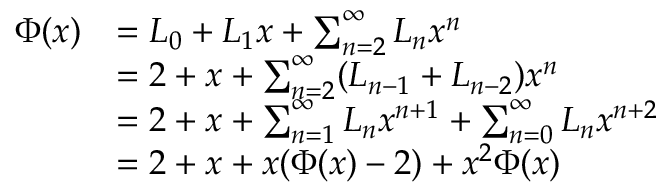
{ \begin{array} { r l } { \Phi ( x ) } & { = L _ { 0 } + L _ { 1 } x + \sum _ { n = 2 } ^ { \infty } L _ { n } x ^ { n } } \\ & { = 2 + x + \sum _ { n = 2 } ^ { \infty } ( L _ { n - 1 } + L _ { n - 2 } ) x ^ { n } } \\ & { = 2 + x + \sum _ { n = 1 } ^ { \infty } L _ { n } x ^ { n + 1 } + \sum _ { n = 0 } ^ { \infty } L _ { n } x ^ { n + 2 } } \\ & { = 2 + x + x ( \Phi ( x ) - 2 ) + x ^ { 2 } \Phi ( x ) } \end{array} }